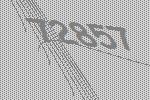
72857